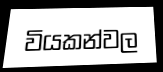
වියකන්වල